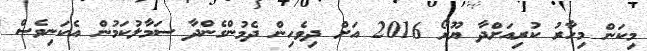
މިކަން މިހާރު ކުރިއަށްދާ ޔޫރޯ 2016 އަށް ދިވެހިން ދެމުންގެންދާ ސަމާލުކަމުން އެކަނިވެސް